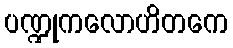
ပဏ္ဍုကလောဟိတကေ